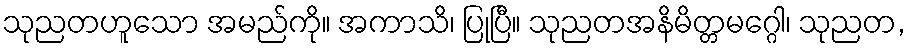
သုညတဟူသော အမည်ကို။ အကာသိ၊ ပြုပြီ။ သုညတအနိမိတ္တမဂ္ဂေါ၊ သုညတ,